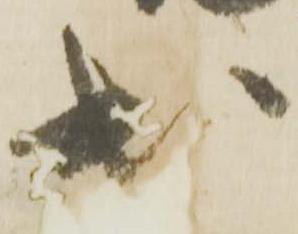
出